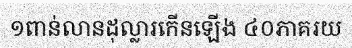
១ពាន់លានដុល្លារកើនឡើង ៤០ភាគរយ